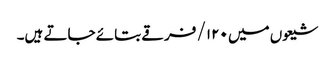
شیعوں میں ۱۲۰/ فرقے بتائے جاتے ہیں۔